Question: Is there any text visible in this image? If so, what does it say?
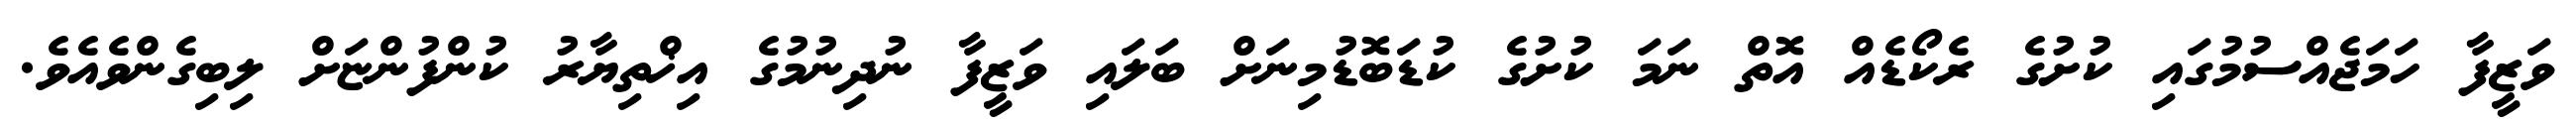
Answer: ވަޒީފާ ހަމަޖެއްސުމުގައި ކުށުގެ ރެކޯޑެއް އޮތް ނަމަ ކުށުގެ ކުޑަބޮޑުމިނަށް ބަލައި ވަޒީފާ ނުދިނުމުގެ އިޚްތިޔާރު ކުންފުންޏަށް ލިބިގެންވެއެވެ.